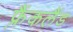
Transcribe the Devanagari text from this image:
फ़्रैंकलैंड